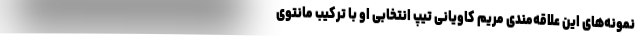
نمونه‌های این علاقه‌مندی مریم کاویانی تیپ انتخابی او با ترکیب مانتوی